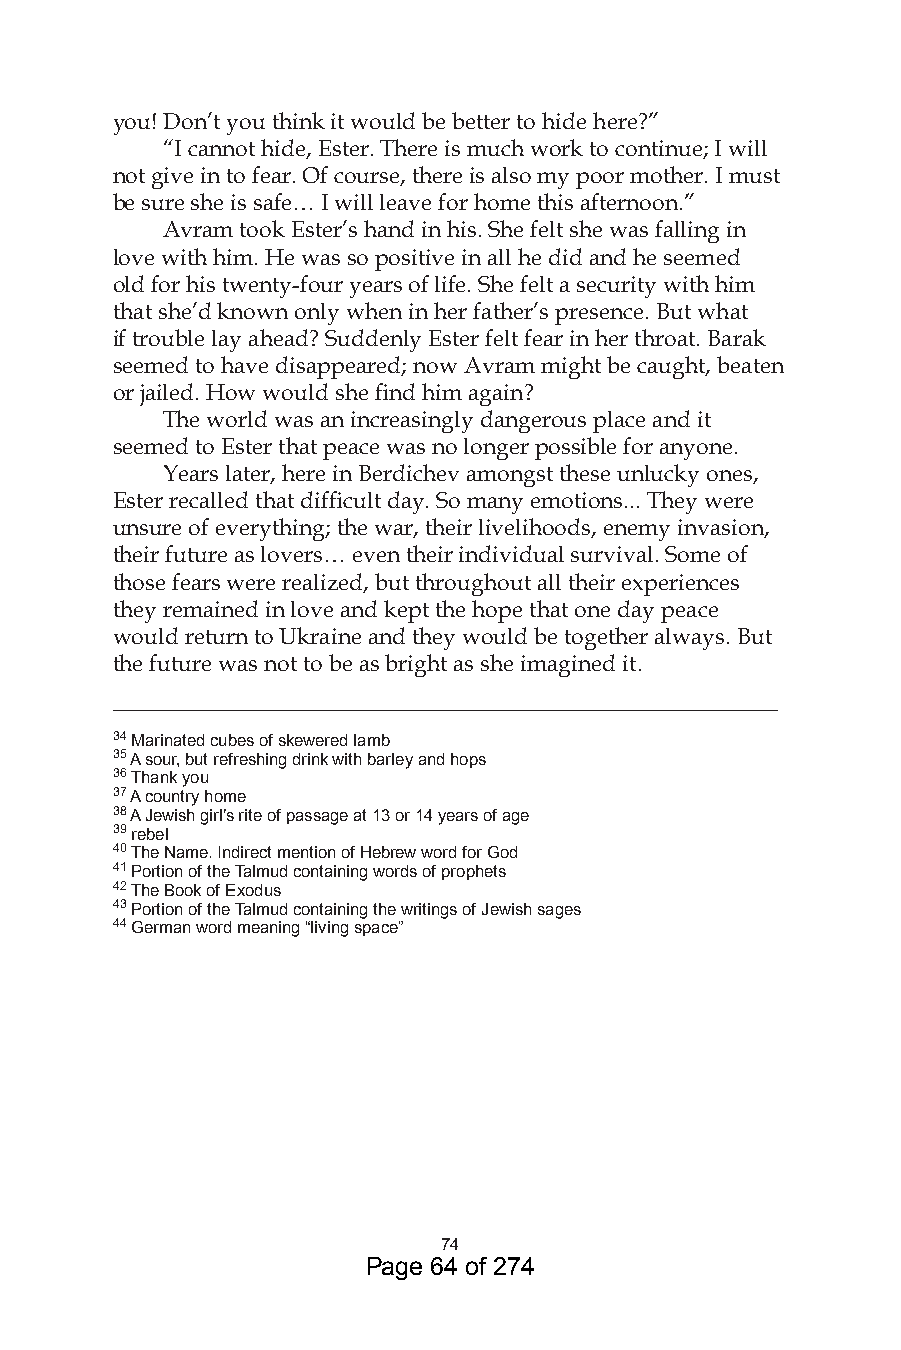
you! Don’t you think it would be better to hide here?”
 “I cannot hide, Ester. There is much work to continue; I will
 not give in to fear. Of course, there is also my poor mother. I must
 be sure she is safe… I will leave for home this afternoon.”
 Avram took Ester’s hand in his. She felt she was falling in
 love with him. He was so positive in all he did and he seemed
 old for his twenty-four years of life. She felt a security with him
 that she’d known only when in her father’s presence. But what
 if trouble lay ahead? Suddenly Ester felt fear in her throat. Barak
 seemed to have disappeared; now Avram might be caught, beaten
 or jailed. How would she find him again?
 The world was an increasingly dangerous place and it
 seemed to Ester that peace was no longer possible for anyone.
 Years later, here in Berdichev amongst these unlucky ones,
 Ester recalled that difficult day. So many emotions... They were
 unsure of everything; the war, their livelihoods, enemy invasion,
 their future as lovers… even their individual survival. Some of
 those fears were realized, but throughout all their experiences
 they remained in love and kept the hope that one day peace
 would return to Ukraine and they would be together always. But
 the future was not to be as bright as she imagined it.
 __________________________________________________________
 4 Marinated cubes of skewered lamb
 5 A sour, but refreshing drink with barley and hops
 6 Thank you
 7 A country home
 8 A Jewish girl’s rite of passage at  or 4 years of age
 9 rebel
 40 The Name. Indirect mention of Hebrew word for God
 4 Portion of the Talmud containing words of prophets
 4 The Book of Exodus
 4 Portion of the Talmud containing the writings of Jewish sages
 44 German word meaning “living space”
 74
 Page 64 of 274